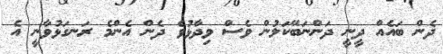
ދެން ބައެއް ދީނީ ދަންނަބޭކަލުން ވެސް ވިދާޅުވެ ދެން އެންމެ ރަނގަޅުވާނީ އެ